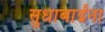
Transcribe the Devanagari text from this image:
सुधाबाईंना